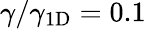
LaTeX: \gamma/\gamma_{1\mathrm{{D}}}=0.1